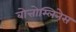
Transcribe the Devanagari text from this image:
बोत्तोम्लिनेस